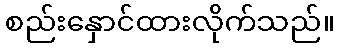
စည်းနှောင်ထားလိုက်သည်။